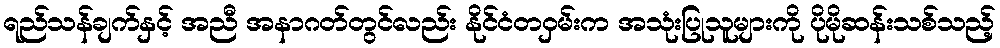
ရည်သန်ချက်နှင့် အညီ အနာဂတ်တွင်လည်း နိုင်ငံတဝှမ်းက အသုံးပြုသူများကို ပိုမိုဆန်းသစ်သည့်